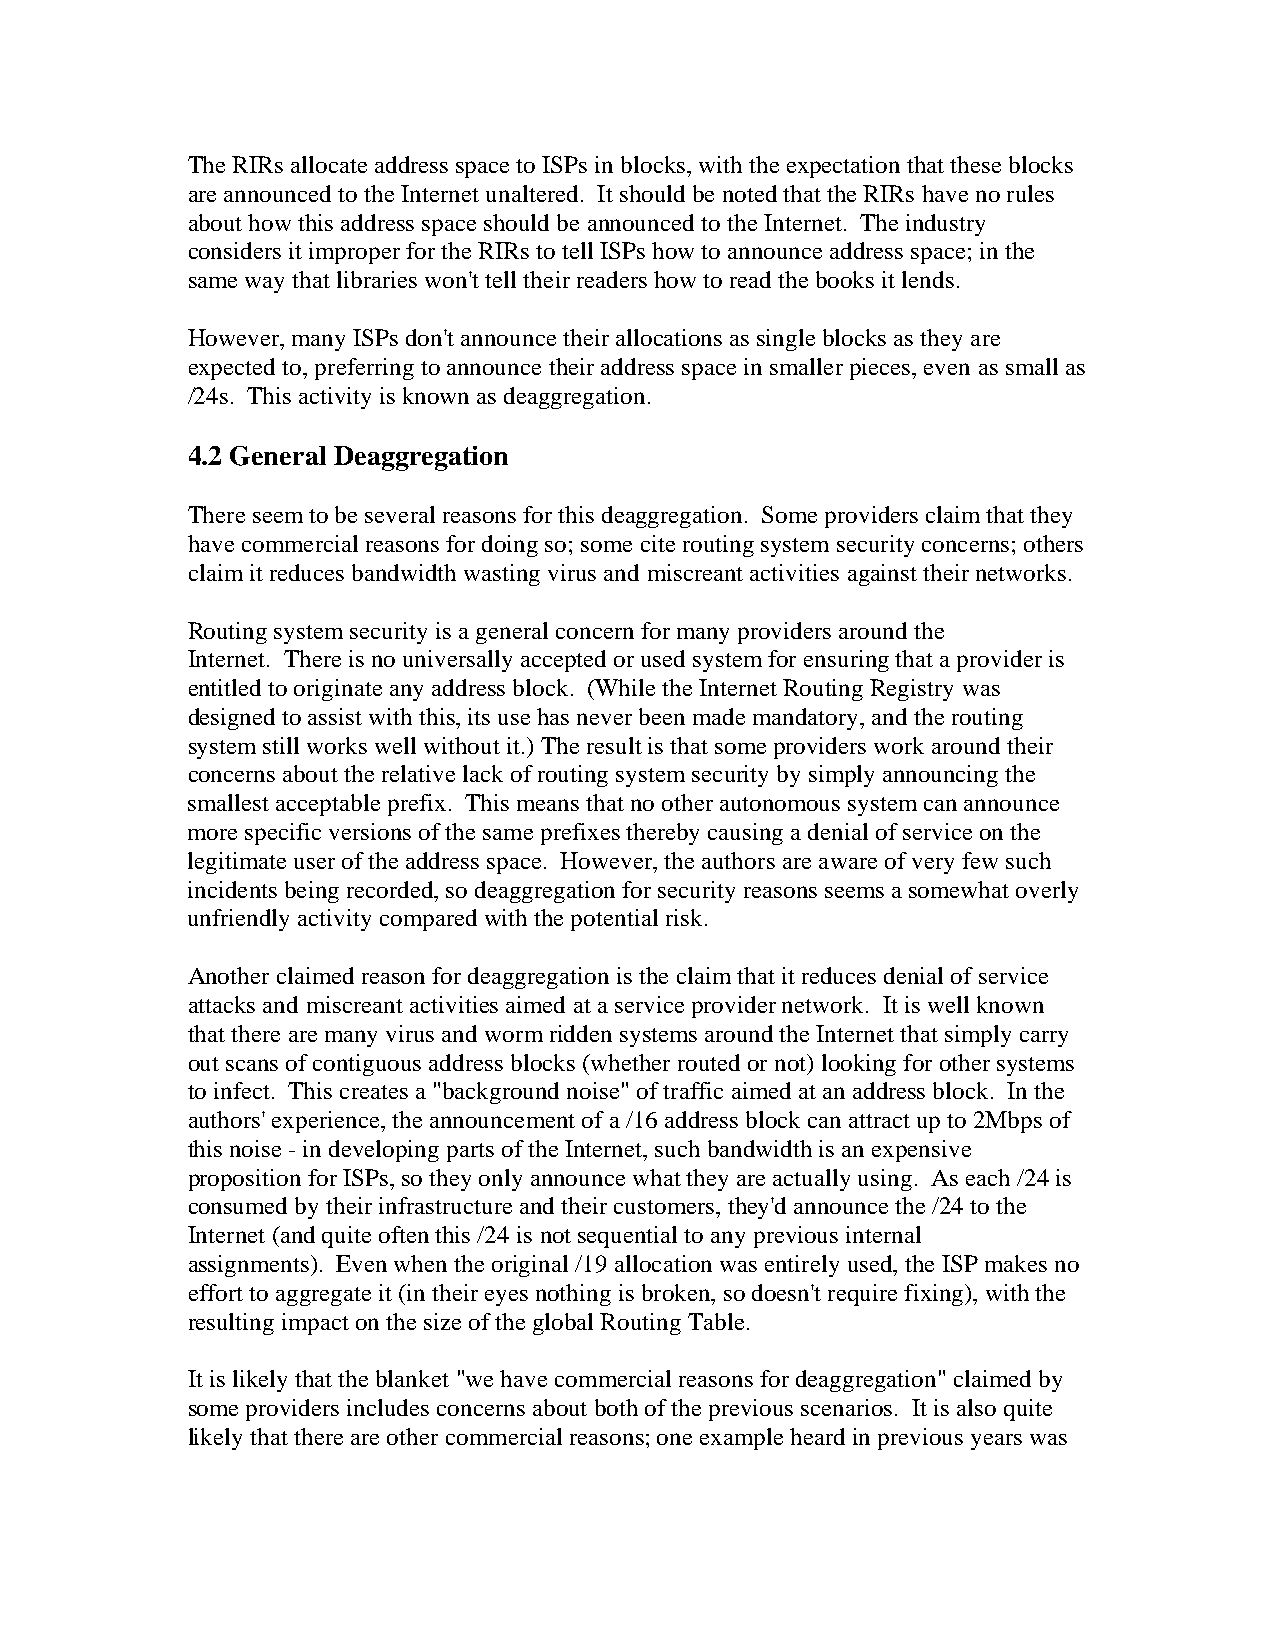
The RIRs allocate address space to ISPs in blocks, with the expectation that these blocks
 are announced to the Internet unaltered. It should be noted that the RIRs have no rules
 about how this address space should be announced to the Internet. The industry
 considers it improper for the RIRs to tell ISPs how to announce address space; in the
 same way that libraries won't tell their readers how to read the books it lends.
 However, many ISPs don't announce their allocations as single blocks as they are
 expected to, preferring to announce their address space in smaller pieces, even as small as
 /24s. This activity is known as deaggregation.
 4.2 General Deaggregation
 There seem to be several reasons for this deaggregation. Some providers claim that they
 have commercial reasons for doing so; some cite routing system security concerns; others
 claim it reduces bandwidth wasting virus and miscreant activities against their networks.
 Routing system security is a general concern for many providers around the
 Internet. There is no universally accepted or used system for ensuring that a provider is
 entitled to originate any address block. (While the Internet Routing Registry was
 designed to assist with this, its use has never been made mandatory, and the routing
 system still works well without it.) The result is that some providers work around their
 concerns about the relative lack of routing system security by simply announcing the
 smallest acceptable prefix. This means that no other autonomous system can announce
 more specific versions of the same prefixes thereby causing a denial of service on the
 legitimate user of the address space. However, the authors are aware of very few such
 incidents being recorded, so deaggregation for security reasons seems a somewhat overly
 unfriendly activity compared with the potential risk.
 Another claimed reason for deaggregation is the claim that it reduces denial of service
 attacks and miscreant activities aimed at a service provider network. It is well known
 that there are many virus and worm ridden systems around the Internet that simply carry
 out scans of contiguous address blocks (whether routed or not) looking for other systems
 to infect. This creates a "background noise" of traffic aimed at an address block. In the
 authors' experience, the announcement of a /16 address block can attract up to 2Mbps of
 this noise - in developing parts of the Internet, such bandwidth is an expensive
 proposition for ISPs, so they only announce what they are actually using. As each /24 is
 consumed by their infrastructure and their customers, they'd announce the /24 to the
 Internet (and quite often this /24 is not sequential to any previous internal
 assignments). Even when the original /19 allocation was entirely used, the ISP makes no
 effort to aggregate it (in their eyes nothing is broken, so doesn't require fixing), with the
 resulting impact on the size of the global Routing Table.
 It is likely that the blanket "we have commercial reasons for deaggregation" claimed by
 some providers includes concerns about both of the previous scenarios. It is also quite
 likely that there are other commercial reasons; one example heard in previous years was